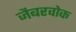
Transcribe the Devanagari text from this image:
जैबरवोक